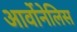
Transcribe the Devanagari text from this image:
आर्वोनेलिस